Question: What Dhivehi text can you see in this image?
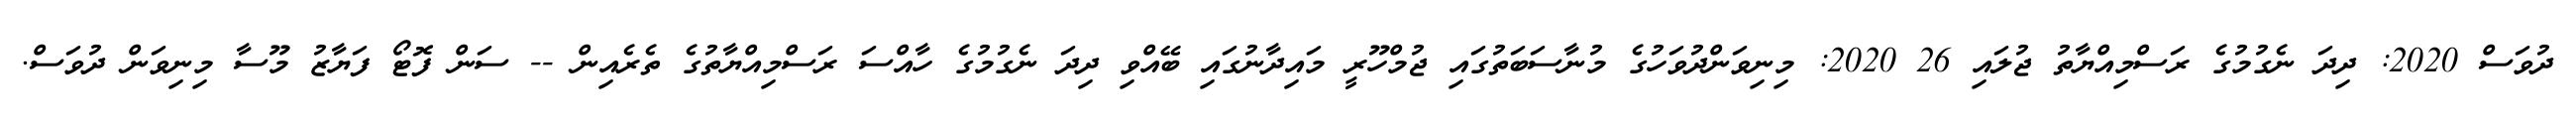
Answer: ދުވަސް 2020: ދިދަ ނެގުމުގެ ރަސްމިއްޔާތު ޖުލައި 26 2020: މިނިވަންދުވަހުގެ މުނާސަބަތުގައި ޖުމްހޫރީ މައިދާނުގައި ބޭއްވި ދިދަ ނެގުމުގެ ހާއްސަ ރަސްމިއްޔާތުގެ ތެރެއިން -- ސަން ފޮޓޯ ފަޔާޒު މޫސާ މިނިވަން ދުވަސް.